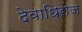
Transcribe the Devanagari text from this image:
देवाधिराज